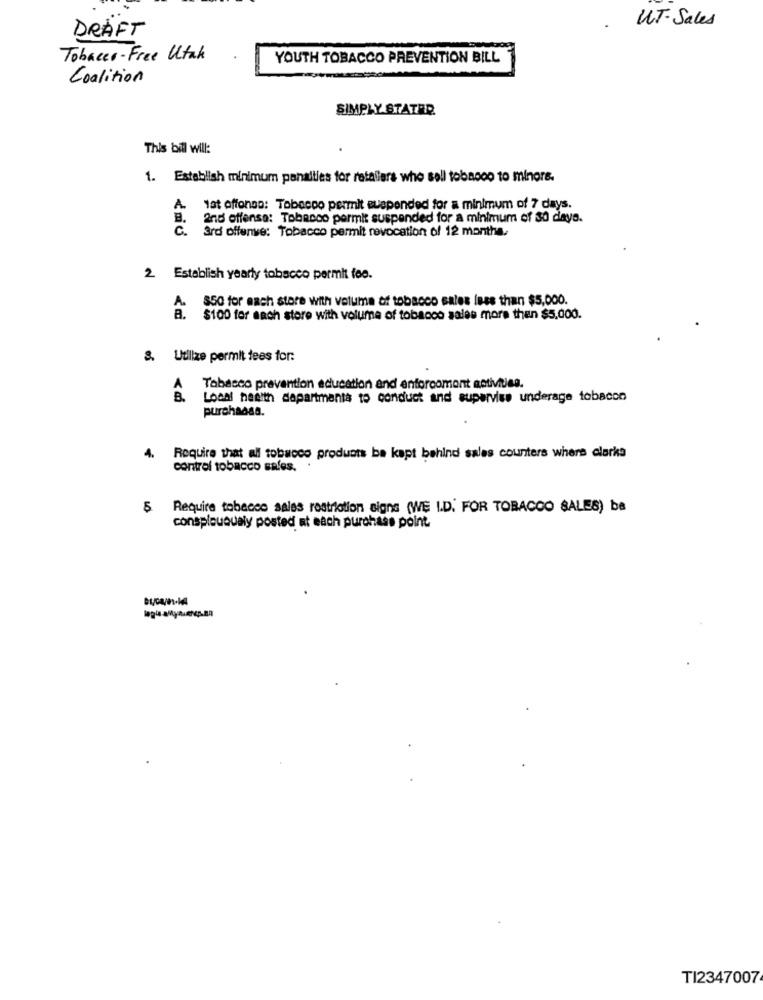
UT- Sales
DRAFT
Tobacco-Free Utak
YOUTH TOBACCO PREVENTION BILL
Coalition
SIMPLY STATER
This bill will:
1. Establish minimum penalties for retailers who sell tobagoo to minore.
A
tat offonso: Tobacco permit suspended for a minimum of 7 days.
2nd offense: Tobacco permit suspended for a minimum of 30 days.
c.
3rd offense: Tobacco permit revocation of 12 months.
2 Establish yearly tobacco permit fee.
850 for each store with volume of tobacco sales less than $5,000.
A.
B. $100 for sach store with volume of tobacco sales more then $5,000.
8. Utilize permit tees for:
Tobacco prevention education and enforcomont activities.
B.
Local health dapartments to conduct and supervise underage tobacco
purchaosa.
4. Require that all tobacco products be kept behind sales counters where clarka
control tobacco sales.
5 Require tobacco sales restriction signs (WE I.D. FOR TOBACCO SALES) ba
conspicuously posted at each purchase point
TI2347007